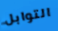
التوابل